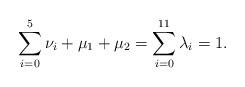
LaTeX: \begin{align*}\sum_{i=0}^{5}\nu_i+\mu_1+\mu_2=\sum_{i=0}^{11}\lambda_i=1.\end{align*}